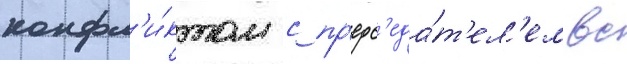
конфл'и́ктом с пр'едс'еда́т'ел'ем вс